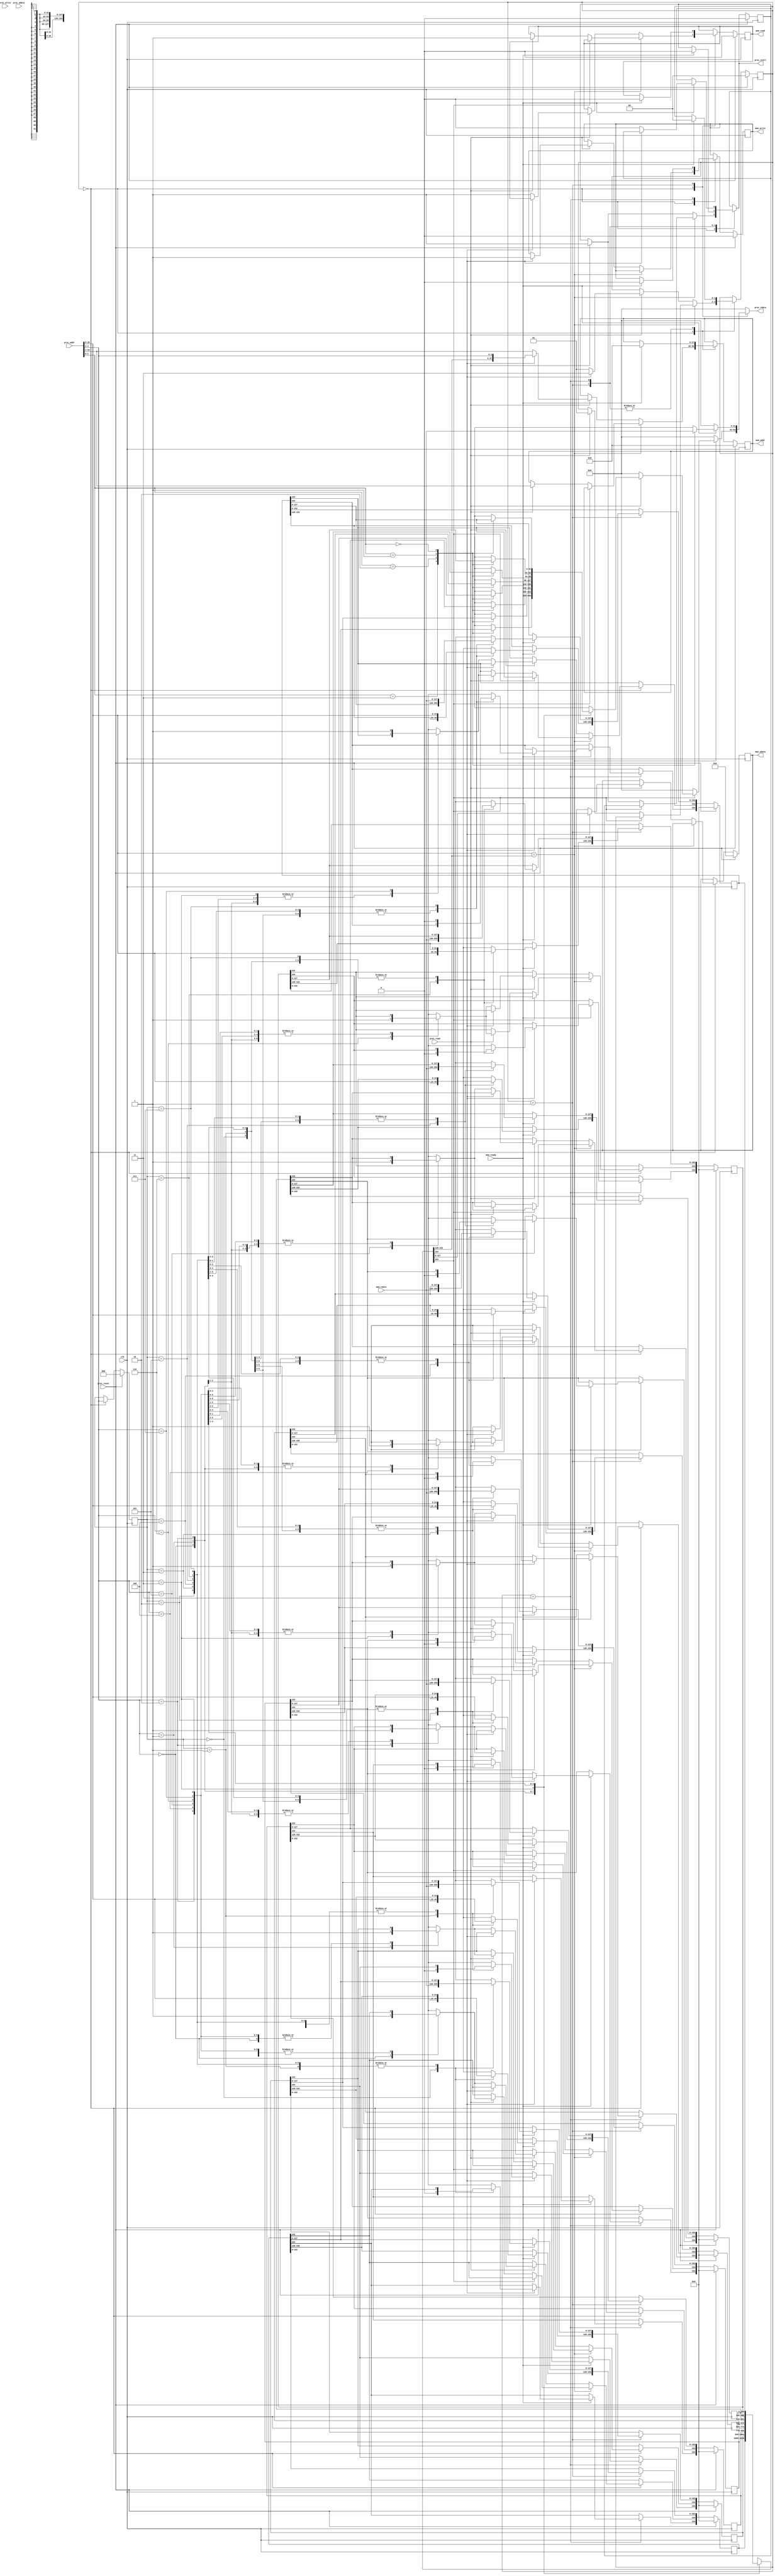
module cache_read(
    clk,
    proc_reset,
    proc_read,
    proc_write,
    proc_addr,
    proc_rdata,
    proc_wdata,
    proc_stall,
    mem_read,
    mem_write,
    mem_addr,
    mem_rdata,
    mem_wdata,
    mem_ready
);
    
//==== input/output definition ============================
    input          clk;
    // processor interface
    input          proc_reset;
    input          proc_read, proc_write;
    input   [29:0] proc_addr;
    input   [31:0] proc_wdata;
    output         proc_stall;
    output  [31:0] proc_rdata;
    // memory interface
    input  [127:0] mem_rdata;
    input          mem_ready;
    output         mem_read, mem_write;
    output  [27:0] mem_addr;
    output [127:0] mem_wdata;
//====parameters   ========================================
    localparam IDLE             = 2'd0;
    localparam READ_STALL       = 2'd1;
    localparam WRITE_STALL_READ = 2'd2;
    localparam WRITE_STALL_WRITE= 2'd3;
//==== wire/reg definition ================================
    //state reg
    reg [1:0] state_r, state_w;
    //cache reg 8 x (25+ 32x4) = 8 x 153 
    reg [154:0] cache_r[0:7] ,cache_w[0:7]; //format: dirty/v/tag/word3/word2/word1/word0
    //output reg
    reg proc_stall_r, proc_stall_w;
    reg [31:0] proc_rdata; 

    //index reg
    reg [2:0] index_r, index_w;

    reg mem_read_r, mem_read_w;
    reg mem_write_r, mem_write_w;
    reg [27:0] mem_addr_r, mem_addr_w;
    reg [127:0] mem_wdata_r, mem_wdata_w;
    //index tag wire                                     //can be spare for area 
    wire [2:0] index;
    wire [24:0] tag, tag_in_cache;
    wire valid_in_cache, dirty_in_cache;

//==== Assignment =========================================
    //assign tag data1 data2 data3 data4                //can be spare for area
    assign index            = proc_addr[4:2];           
    assign tag              = proc_addr[29:5];
    assign tag_in_cache     = cache_r[index][152:128];
    assign valid_in_cache   = cache_r[index][153];
    assign dirty_in_cache   = cache_r[index][154];
    //output
    assign proc_stall   = proc_stall_w;
    assign mem_read     = mem_read_r;
    assign mem_write    = mem_write_r;
    assign mem_addr     = mem_addr_r;
    assign mem_wdata    = mem_wdata_r;

//==== combinational circuit ==============================
    integer idx; //for cache update
    always@(*) begin 
        state_w         = state_r;
        proc_stall_w    = proc_stall_r;
        mem_read_w      = mem_read_r;
        mem_write_w     = mem_write_r;
        mem_addr_w      = mem_addr_r;
        mem_wdata_w     = mem_wdata_r;
        index_w         = index_r;
        proc_rdata      = 32'd0;
        for(idx = 0; idx <= 7; idx = idx+1) begin
             cache_w[idx] = cache_r[idx];
        end

        case(state_r) 
            IDLE:
            begin
                index_w = index;

                if(tag == tag_in_cache) begin //25 bits 
                    if(valid_in_cache) begin
                        if(proc_read) begin  // read hit
                            case(index_w) //index
                                3'd0:
                                begin
                                    case(proc_addr[1:0]) 
                                        2'd3: proc_rdata = cache_r[0][127:96]; //word0
                                        2'd2: proc_rdata = cache_r[0][95:64];  //word1 
                                        2'd1: proc_rdata = cache_r[0][63:32];  //word2
                                        2'd0: proc_rdata = cache_r[0][31:0];   //word3
                                        default: proc_rdata = 32'd0;
                                    endcase
                                end
                                3'd1:
                                begin
                                    case(proc_addr[1:0]) 
                                        2'd3: proc_rdata = cache_r[1][127:96]; //word0
                                        2'd2: proc_rdata = cache_r[1][95:64];  //word1 
                                        2'd1: proc_rdata = cache_r[1][63:32];  //word2
                                        2'd0: proc_rdata = cache_r[1][31:0];   //word3
                                        default: proc_rdata = 32'd0;
                                    endcase
                                end
                                3'd2:
                                begin
                                    case(proc_addr[1:0]) 
                                        2'd3: proc_rdata = cache_r[2][127:96]; //word0
                                        2'd2: proc_rdata = cache_r[2][95:64];  //word1 
                                        2'd1: proc_rdata = cache_r[2][63:32];  //word2
                                        2'd0: proc_rdata = cache_r[2][31:0];   //word3
                                        default: proc_rdata = 32'd0;
                                    endcase
                                end
                                3'd3:
                                begin
                                    case(proc_addr[1:0]) 
                                        2'd3: proc_rdata = cache_r[3][127:96]; //word0
                                        2'd2: proc_rdata = cache_r[3][95:64];  //word1 
                                        2'd1: proc_rdata = cache_r[3][63:32];  //word2
                                        2'd0: proc_rdata = cache_r[3][31:0];   //word3
                                        default: proc_rdata = 32'd0;
                                    endcase
                                end
                                3'd4:
                                begin
                                    case(proc_addr[1:0]) 
                                        2'd3: proc_rdata = cache_r[4][127:96]; //word0
                                        2'd2: proc_rdata = cache_r[4][95:64];  //word1 
                                        2'd1: proc_rdata = cache_r[4][63:32];  //word2
                                        2'd0: proc_rdata = cache_r[4][31:0];   //word3
                                        default: proc_rdata = 32'd0;
                                    endcase
                                end
                                3'd5:
                                begin
                                    case(proc_addr[1:0]) 
                                        2'd3: proc_rdata = cache_r[5][127:96]; //word0
                                        2'd2: proc_rdata = cache_r[5][95:64];  //word1 
                                        2'd1: proc_rdata = cache_r[5][63:32];  //word2
                                        2'd0: proc_rdata = cache_r[5][31:0];   //word3
                                        default: proc_rdata = 32'd0;
                                    endcase
                                end
                                3'd6:
                                begin
                                    case(proc_addr[1:0]) 
                                        2'd3: proc_rdata = cache_r[6][127:96]; //word0
                                        2'd2: proc_rdata = cache_r[6][95:64];  //word1 
                                        2'd1: proc_rdata = cache_r[6][63:32];  //word2
                                        2'd0: proc_rdata = cache_r[6][31:0];   //word3
                                        default: proc_rdata = 32'd0;
                                    endcase
                                end
                                3'd7:
                                begin
                                    case(proc_addr[1:0]) 
                                        2'd3: proc_rdata = cache_r[7][127:96]; //word0
                                        2'd2: proc_rdata = cache_r[7][95:64];  //word1 
                                        2'd1: proc_rdata = cache_r[7][63:32];  //word2
                                        2'd0: proc_rdata = cache_r[7][31:0];   //word3
                                        default: proc_rdata = 32'd0;
                                    endcase
                                end
                                default:
                                begin
                                    proc_rdata = 32'd0;
                                end //3 bits mux
                            endcase
                        end
                    end
                    else begin              //not valid       
                        if(proc_read) begin
                            state_w         = READ_STALL;
                            proc_stall_w    = 1'd1;
                            mem_read_w      = 1'd1;
                            mem_addr_w      = proc_addr[29:2];
                            //update valid bit
                            cache_w[index_w][153] = 1'd1;
                        end
                    end
                end
                else begin
                    if(proc_read) begin
                        if(dirty_in_cache) begin
                            state_w         = WRITE_STALL_WRITE;
                            mem_wdata_w     = cache_r[index_w][127:0];
                            proc_stall_w    = 1'd1;
                            mem_write_w     = 1'd1;
                            mem_addr_w      = {tag_in_cache, index_w};
                        end
                        else begin
                            state_w         = READ_STALL;
                            proc_stall_w    = 1'd1;
                            mem_read_w      = 1'd1;
                            mem_addr_w      = proc_addr[29:2];
                            //update valid bit
                            cache_w[index_w][153] = 1'd1;
                        end
                    end
                end                
            end
            READ_STALL:
            begin
                if(mem_ready) begin
                    state_w                 = IDLE;
                    proc_stall_w            = 1'd0;
                    mem_read_w              = 1'd0;
                    mem_addr_w              = 28'd0;
                    cache_w[index_r][152:128] = tag;      //update tag
                    cache_w[index_r][127:0]   = mem_rdata;//update data
                    //read data output
                    case(proc_addr[1:0])
                        2'd3: proc_rdata = mem_rdata[127:96]; //word0
                        2'd2: proc_rdata = mem_rdata[95:64];  //word1 
                        2'd1: proc_rdata = mem_rdata[63:32];  //word2
                        2'd0: proc_rdata = mem_rdata[31:0];   //word3
                        default: proc_rdata = 32'd0;
                    endcase
                end
            end
            WRITE_STALL_WRITE:
            begin
                if(mem_ready) begin
                    state_w = IDLE;
                    if(dirty_in_cache) begin //just update memory
                        cache_w[index_r][154] = 1'd0;
                        mem_write_w         = 1'd0;
                        mem_addr_w          = 28'd0;
                    end
                    else begin
                        proc_stall_w    = 1'd0;
                        mem_write_w     = 1'd0;
                        mem_addr_w      = 28'd0;
                    end
                end  
            end
            default:
            begin
                state_w         = state_r;
                proc_stall_w    = proc_stall_r;
                mem_read_w      = mem_read_r;
                mem_write_w     = mem_write_r;
                mem_addr_w      = mem_addr_r;
                mem_wdata_w     = mem_wdata_r;
                index_w         = index_r;
                for(idx = 0; idx <= 7; idx = idx+1) begin
                     cache_w[idx] = cache_r[idx];
                end
            end
        endcase
    end
//==== sequential circuit =================================
integer i;
always@( posedge clk ) begin
    if( proc_reset ) begin
        for(i = 0; i<=7; i = i+1) begin
            cache_r[i]  <= 154'd0;
        end
        state_r         <= 2'd0;
        proc_stall_r    <= 1'd0;
        mem_read_r      <= 1'd0;
        mem_write_r     <= 1'd0;
        mem_addr_r      <= 28'd0;
        mem_wdata_r     <= 128'd0;
        index_r         <= 3'd0;
    end
    else begin
        for(i = 0; i<=7; i = i+1) begin
            cache_r[i]  <= cache_w[i];
        end
        state_r         <= state_w;
        proc_stall_r    <= proc_stall_w;
        mem_read_r      <= mem_read_w;
        mem_write_r     <= mem_write_w;
        mem_addr_r      <= mem_addr_w;
        mem_wdata_r     <= mem_wdata_w;
        index_r         <= index_w;
    end
end
endmodule